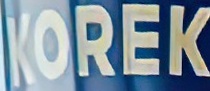
KOREK